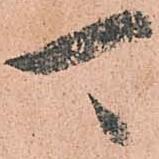
可